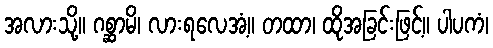
အလားသို့။ ဂစ္ဆာမိ၊ လားရလေအံ့။ တထာ၊ ထိုအခြင်းဖြင့်။ ပါပကံ၊